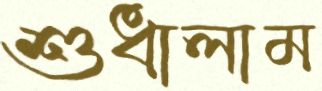
শুধালাম